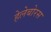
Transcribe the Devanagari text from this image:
हेलेबोरस